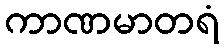
ကာဏမာတရံ